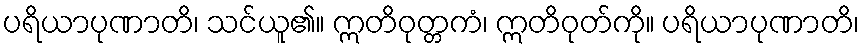
ပရိယာပုဏာတိ၊ သင်ယူ၏။ ဣတိဝုတ္တကံ၊ ဣတိဝုတ်ကို။ ပရိယာပုဏာတိ၊